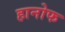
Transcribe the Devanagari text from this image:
हानोफ